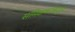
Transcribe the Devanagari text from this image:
समिक्षकांकडुन